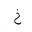
Letter: _kha